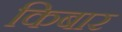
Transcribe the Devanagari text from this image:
किबार